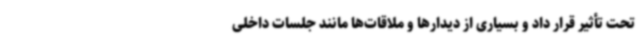
تحت تأثیر قرار داد و بسیاری از دیدارها و ملاقات‌ها مانند جلسات داخلی